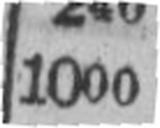
1000